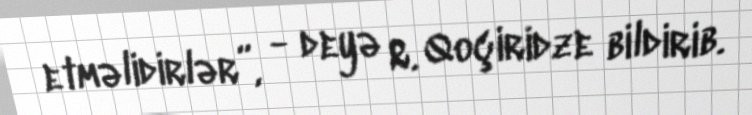
etməlidirlər”, - deyə R. Qoçiridze bildirib.